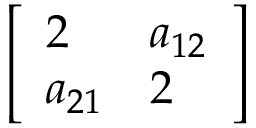
\left[ { \begin{array} { l l } { 2 } & { a _ { 1 2 } } \\ { a _ { 2 1 } } & { 2 } \end{array} } \right]